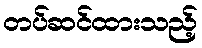
တပ်ဆင်ထားသည့်